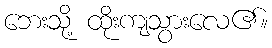
ဘေးသို့ ထိုးကျသွားလေ၏။